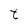
Character: t